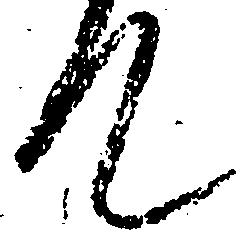
て